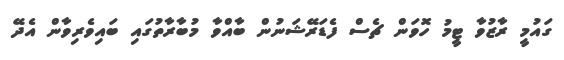
ގައުމީ ރާޒުވާ ޓީމު ހޮވަން ޗެސް ފެޑަރޭޝަނުން ބާއްވާ މުބާރާތުގައި ބައިވެރިވާން އެދޭ